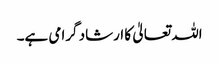
اللہ تعالیٰ کا ارشاد گرامی ہے۔